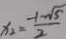
x _ { 2 } = \frac { - 1 - \sqrt { 5 } } { 2 }